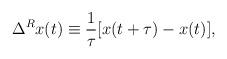
LaTeX: \begin{align*}\Delta^R x(t)\equiv \frac{1}{\tau}[x(t+\tau)-x(t)],\end{align*}